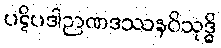
ပဋိပဒါဉာဏဒဿနဝိသုဒ္ဓိ